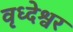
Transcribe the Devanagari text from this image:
वृध्देश्वर